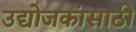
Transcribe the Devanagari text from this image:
उद्योजकांसाठी